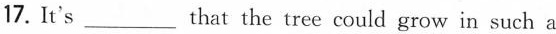
17. It's_that the tree could grow in such a